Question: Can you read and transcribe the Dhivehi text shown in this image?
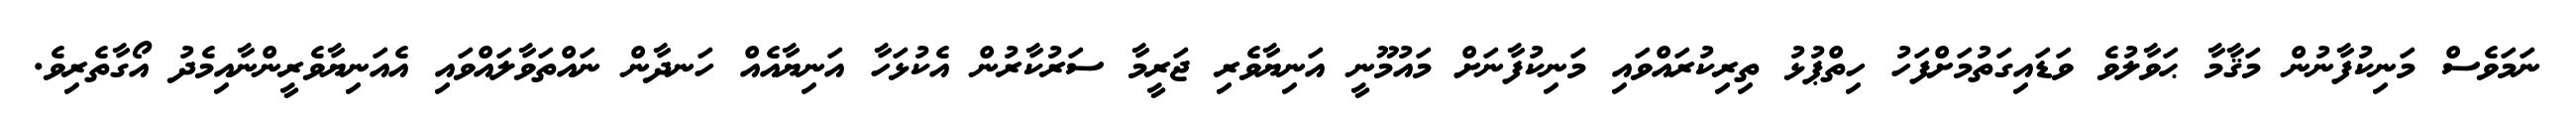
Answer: ނަމަވެސް މަނިކުފާނުން މަޤާމާ ޙަވާލުވެ ވަޑައިގަތުމަށްފަހު ހިތްޕުޅު ތިރިކުރައްވައި މަނިކުފާނަށް މައުމޫނީ އަނިޔާވެރި ޖަރީމާ ސަރުކާރުން އެކުޅަހާ އަނިޔާއެއް ހަނދާން ނައްތަވާލައްވައި އެއަނިޔާވެރީންނާއިމެދު އޯގާތެރިވެ.